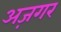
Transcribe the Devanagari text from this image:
अज़गर